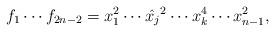
LaTeX: \begin{align*}f_1\cdots f_{2n-2}=x_1^2\cdots \hat{x_j}^2\cdots x_{k}^4\cdots x_{n-1}^2,\end{align*}